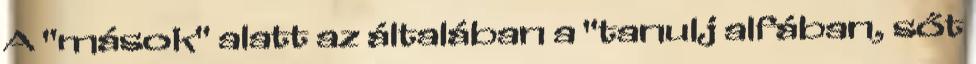
A "mások" alatt az általában a "tanulj alfában, sőt